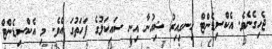
ޖެހިގެނެވެ. އެކްސިޑެންޓް ހިނގިއިރު ޝިއުނާ އިނީ ސައިކަލުގެ ފަހަތުގަ އެވެ. މި އެކްސިޑެންޓް